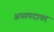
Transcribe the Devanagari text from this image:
अध्यपदावर